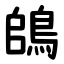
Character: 鴭